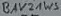
Text: BAV2AWS